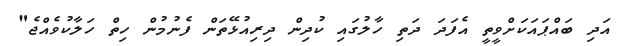
އަދި ބައްޕައަކަށްވީތީ އެފަދަ ދަތި ހާލުގައި ކުދިން ދިރިއުޅޭތަން ފެނުމުން ހިތް ހަލާކުވެއްޖެ"